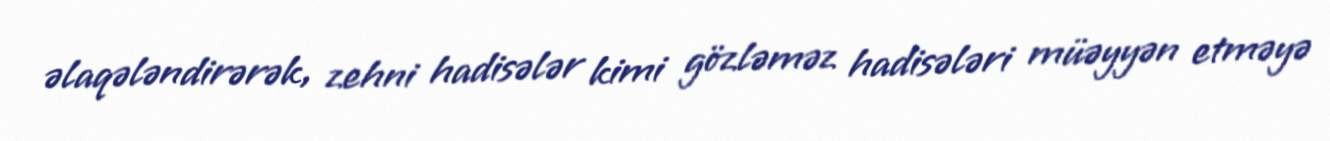
əlaqələndirərək, zehni hadisələr kimi gözləməz hadisələri müəyyən etməyə